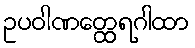
ဥပဝါဏတ္ထေရဂါထာ